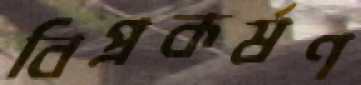
বিপ্রকর্ষণ